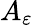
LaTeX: A_{\varepsilon}